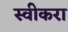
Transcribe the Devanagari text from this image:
स्वीकरा